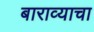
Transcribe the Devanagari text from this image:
बाराव्याचा